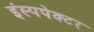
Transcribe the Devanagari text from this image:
इंस्पपेक्टर